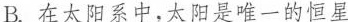
B.在太阳系中，太阳是唯一的恒星